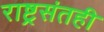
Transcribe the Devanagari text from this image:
राष्ट्रसंतही